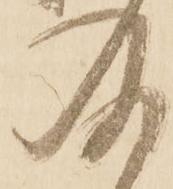
及